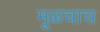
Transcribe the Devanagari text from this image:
मूळचाच